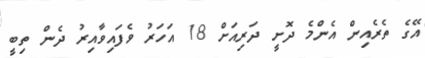
އޭގެ ތެރެއިން އެންމެ ދޮށީ ދަރިއަށް 18 އަހަރު ވެފައިވާއިރު ދެން ތިބީ